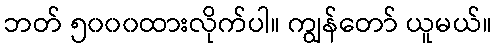
ဘတ် ၅၀၀၀ထားလိုက်ပါ။ ကျွန်တော် ယူမယ်။